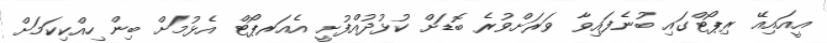
އީއައިއޭ ރިޕޯޓްގައި ބުނެފައިވާ ވަރަށްވުރެ ބޮޑަށް ކުޅުދުއްފުށީ އެއަރޕޯޓް އެޅުމަށް ބިން ހިއްކިކަމަށް